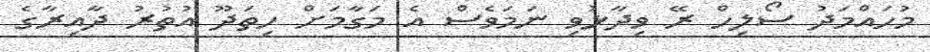
މުހައްމަދު ސޯލިހް ރޭ ވިދާޅުވި ނަމަވެސް އެ މަގާމަށް ހިތަދޫ އުތުރު ދާއިރާގެ